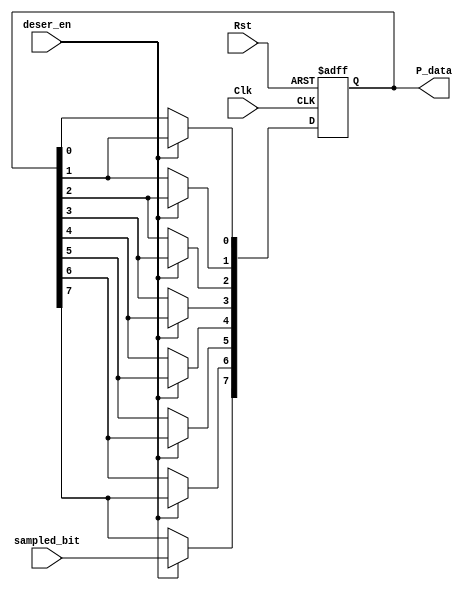
module deserializer (
input  wire Clk,
input  wire Rst,
input  wire sampled_bit,
input  wire deser_en,
output reg  [7:0] P_data
);

reg [7:0] Shift_Register;
integer i;

always @ (posedge Clk or negedge Rst)
    begin
        if (!Rst)
            begin
                Shift_Register <= 8'd0;
            end
        else if (deser_en)
            begin
                Shift_Register [7] <= sampled_bit;
                for (i =7 ; i>0 ; i=i-1 )
                   Shift_Register [i-1] <= Shift_Register [i] ;
            end
        else 
            begin
                Shift_Register <= Shift_Register;
            end
    end

always @ (*)
    begin
        P_data = Shift_Register;
    end

endmodule